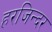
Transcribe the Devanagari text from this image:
हरजिन्दर